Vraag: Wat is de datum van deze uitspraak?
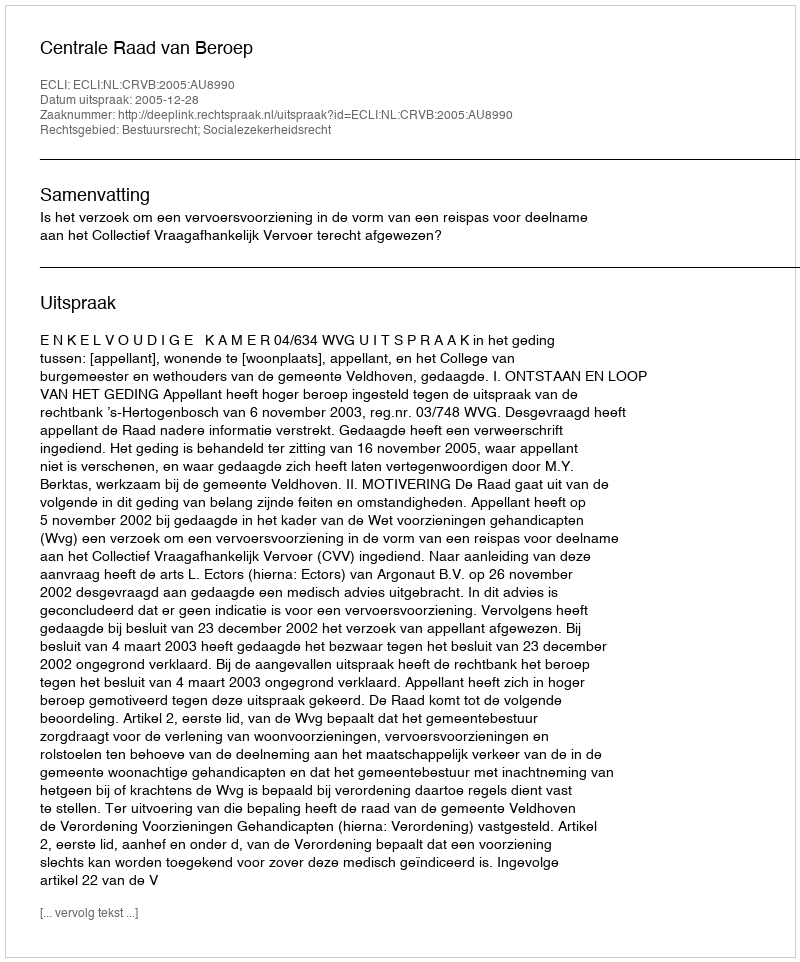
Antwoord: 2005-12-28